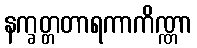
နက္ခတ္တတာရကာကိဏ္ဏာ